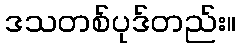
ဒသတစ်ပုဒ်တည်း။